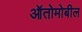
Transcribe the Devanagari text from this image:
ऑतोमोबील